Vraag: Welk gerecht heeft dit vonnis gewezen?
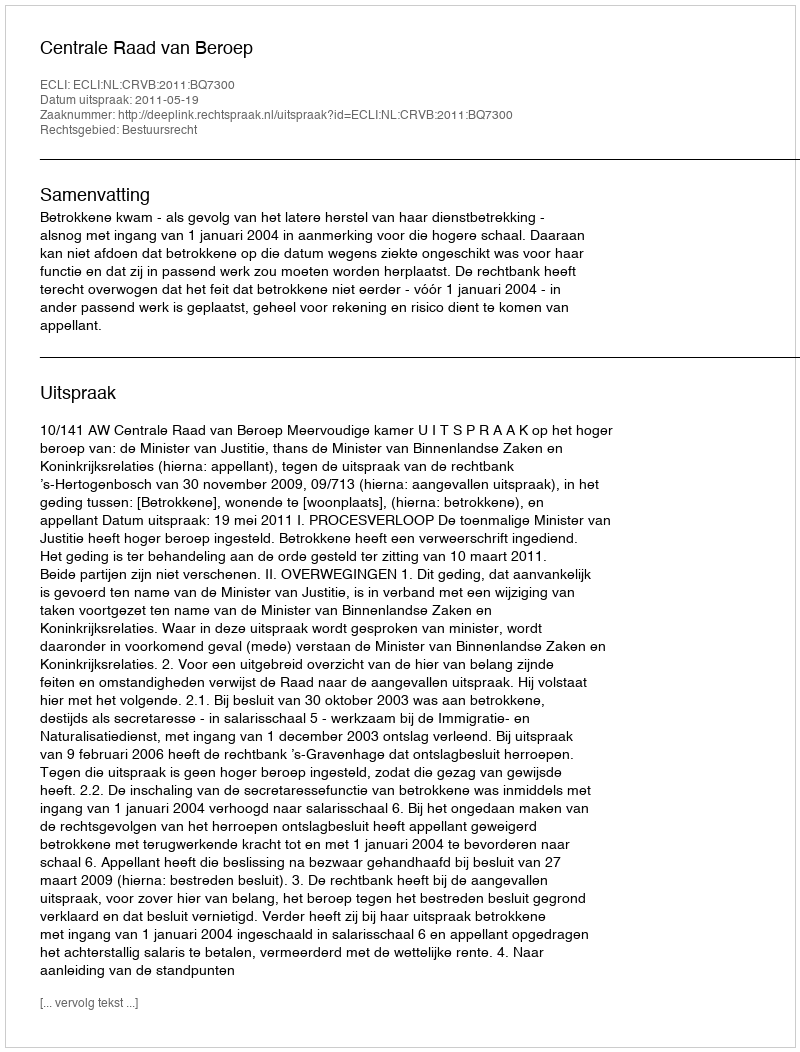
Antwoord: Centrale Raad van Beroep